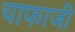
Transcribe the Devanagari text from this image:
चाफाजी